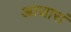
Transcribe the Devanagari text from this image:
आजारां